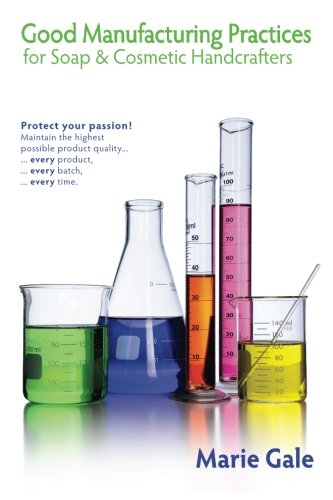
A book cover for Good Manufacturing Practices for Soap and Cosmetic Handcrafters; Marie Gale; Crafts, Hobbies & Home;